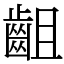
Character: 齟